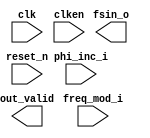

module fskmode (
	clk,
	reset_n,
	clken,
	phi_inc_i,
	freq_mod_i,
	fsin_o,
	out_valid);	

	input		clk;
	input		reset_n;
	input		clken;
	input	[24:0]	phi_inc_i;
	input	[24:0]	freq_mod_i;
	output	[9:0]	fsin_o;
	output		out_valid;
endmodule